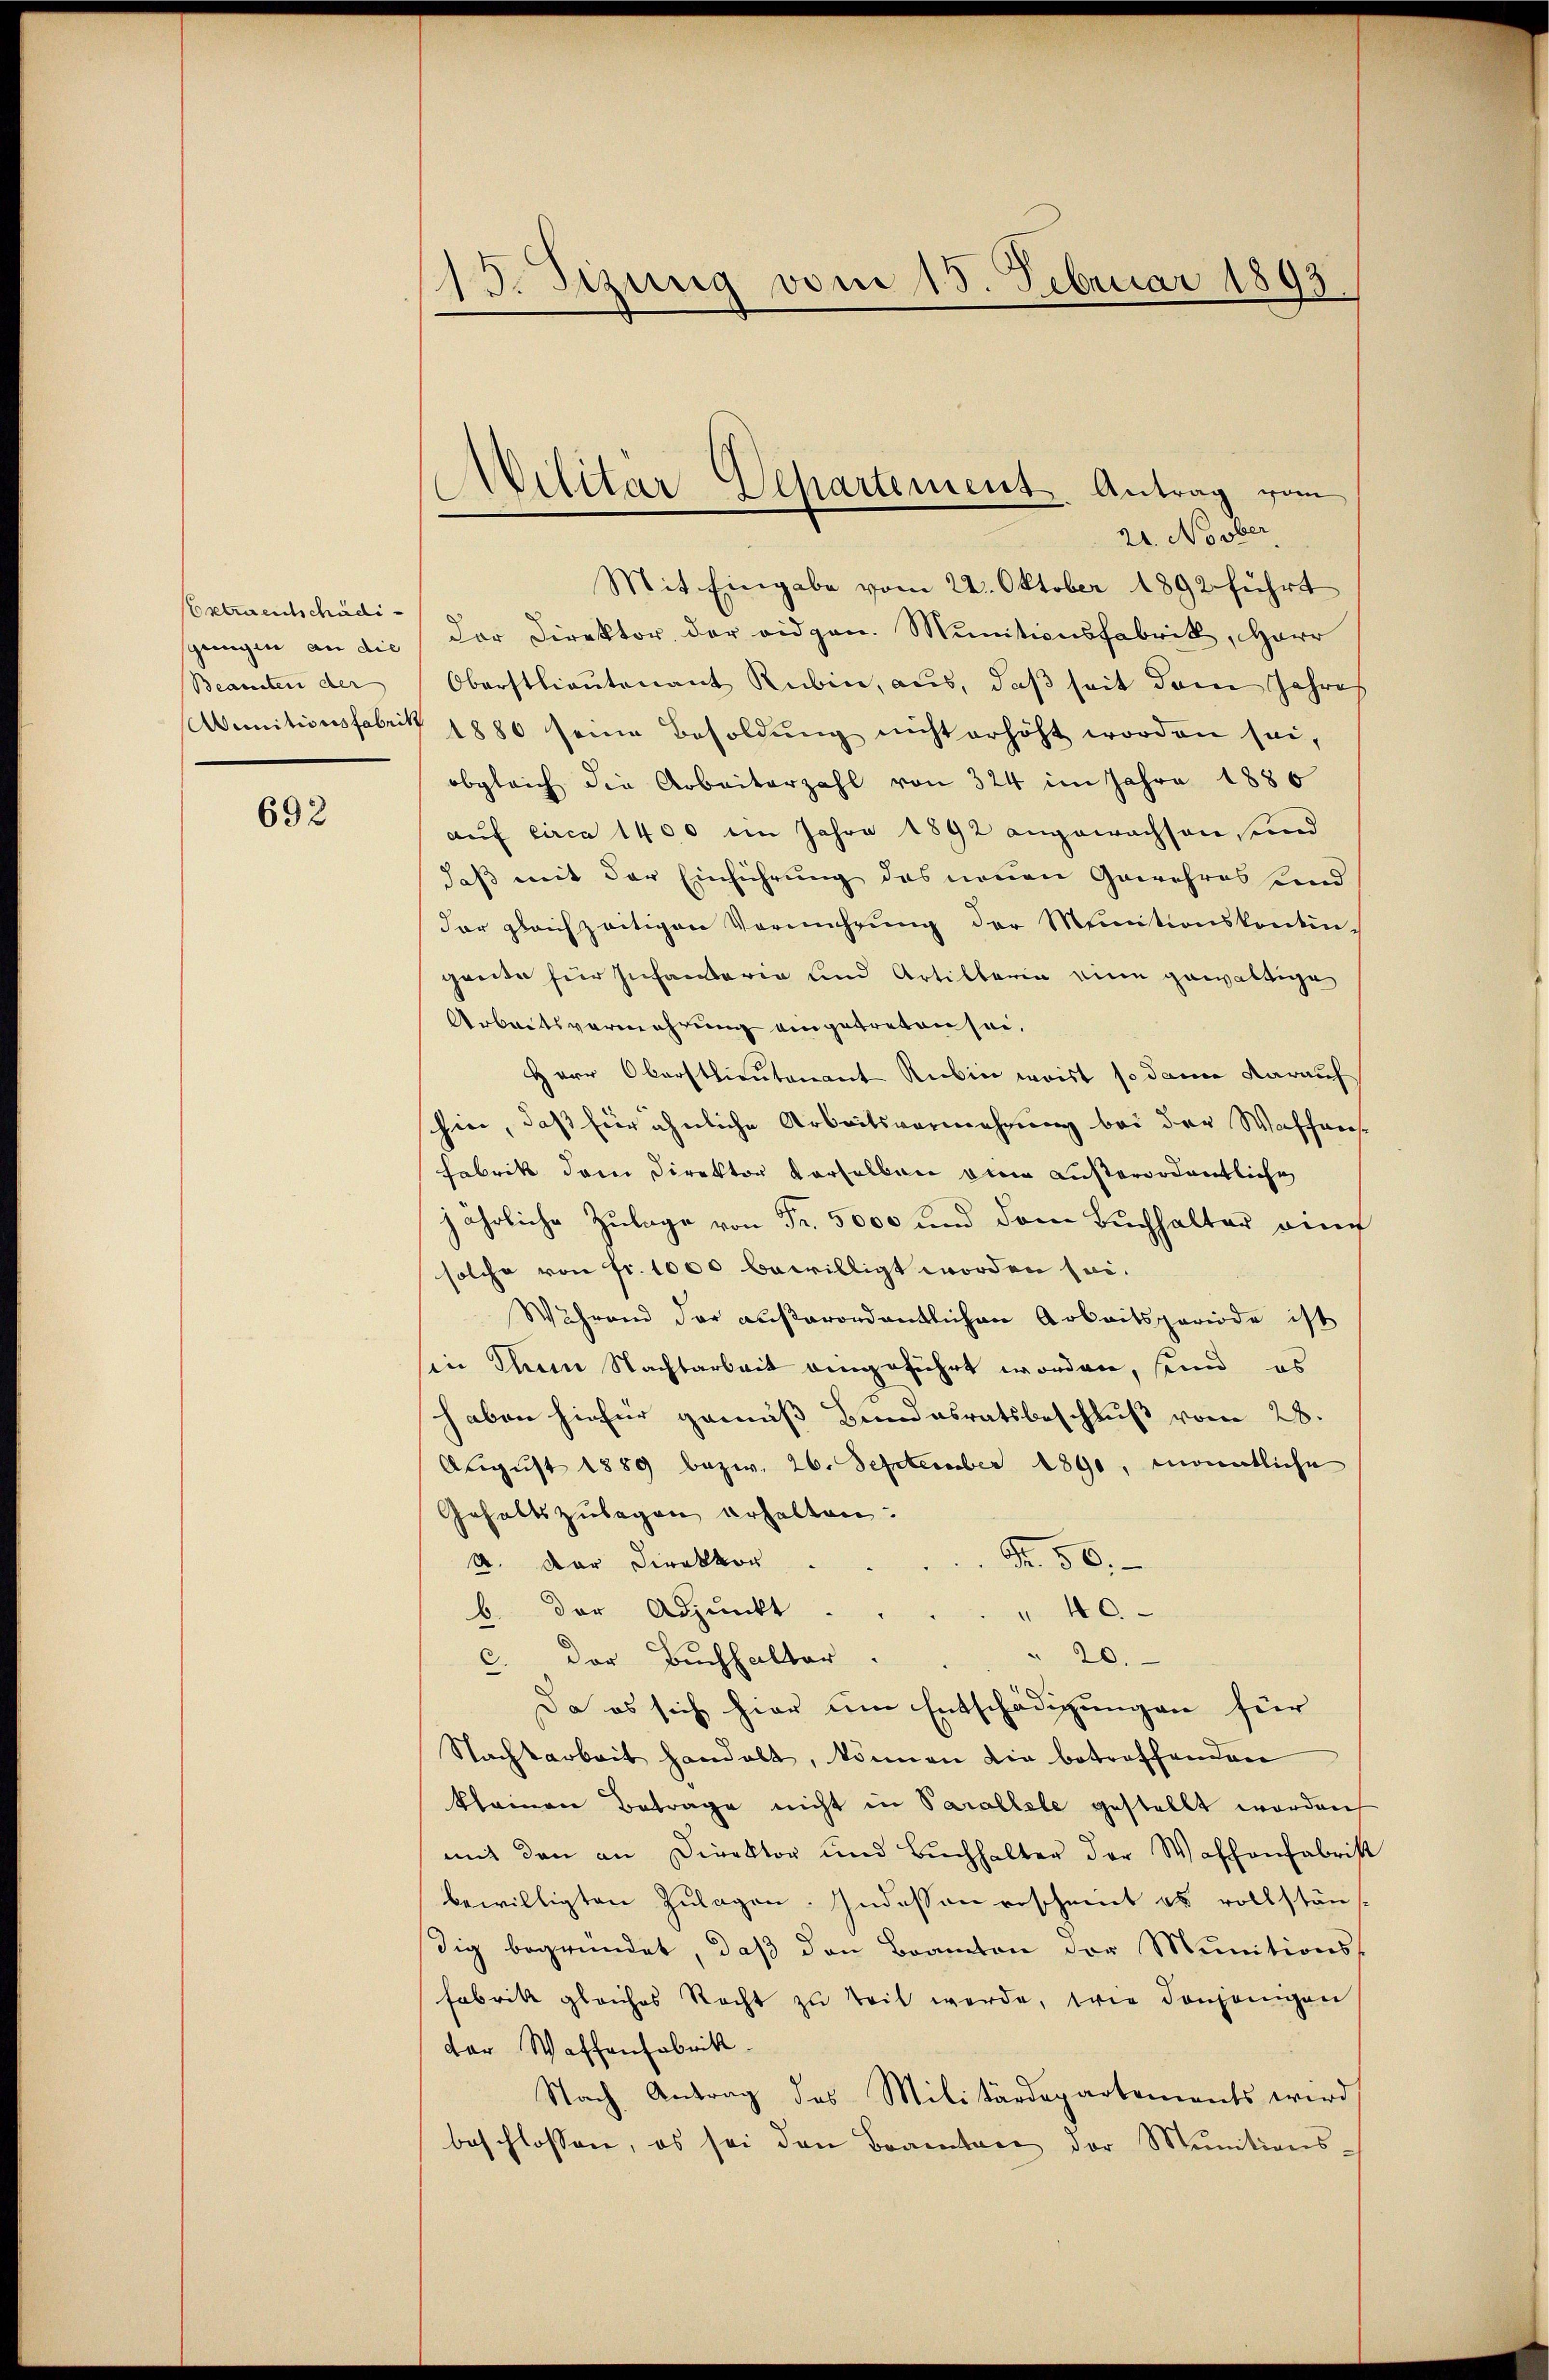
Extraentschädi
sgangen an die
Beamten der

692

Februar 1893.
13. Sizung vom 1.

Mit Eingabe vom 22. Oktober 1892 führt
Der Direktor der eidgen. Munitionsfabrik, Herr
Oberstlieutenant Rubin, aus, daß seit dem Jahres
Aenitionsfabritt 1880 seine Besoldŭng nicht erhöht worden sei,
obgleich die Arbeiterzahl von 324 im Jahre 1886
auf circa 1400 im Jahre 1892 angewachsen, und
daß mit der Einführung des neuen Gewehres sind
dar gleichzeitigen Vermehrung der Munitionskontin-
greite für Infantaria und Artillerin eine gewärtige
Arbeitsvermehrung eingetreten sei.
Herr Oberstlieutenant Rubin weist so dann darauf
hin, daß für ähnliche Arbeitsvermehrung bei der Waffens
Fabrik dem Direktor verselben oben außerordentliche
jährliche Zulage von Fr. 5000 und dem Buchhalter ain
solche von fr. 1000 bewilligt worden sei.
Während der außerordentlichen Arbeitsperiode ist
in Ihm Nachtarbeit eingeführt worden, sind, es
haben hiefür gemäss Bundesratsbeschluß vom 28.
August 1889 bezw. 26. September 1890, Monatliche
Gehaltszulegen erhalten.
Fr. 50.
A. Der Direktor
b. Der Adjunkt
" 40.
" 20.
c. Der Buchhalter
Da es sich hier um Entschädigungen für
Nachtarbeit handelt, können die betreffenden
kleinen Betrage nicht in Parallele gestellt worden
mit den an Direktor und Bŭchhalter der Waffenfabrik
bewilligten Zulagen. Indessen erscheint es vollstän
dig begründet, daβ den Beamten der Munitions
Fabrik gleiches Recht zu teil werde, wie denjenigen
der Waffenfabrik
Nach Antrag des Militärdepartements wird
beschlossen, es sei den Beamten der Munitions-

Militär Departement. Antrag vom
24. No ober